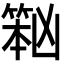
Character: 𱸏